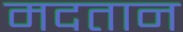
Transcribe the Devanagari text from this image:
मदतान